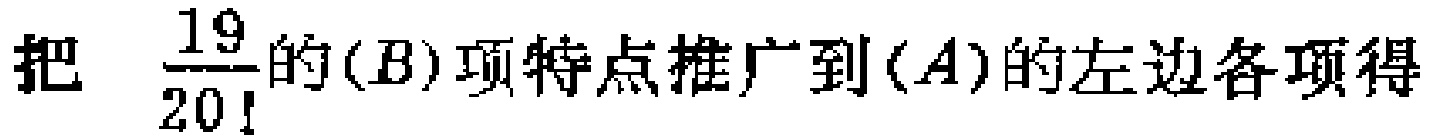
把 $\frac{19}{20!}$ 的$(B)$项特点推广到$(A)$的左边各项得